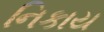
નિકાય